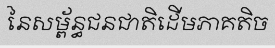
នៃសម្ព័ន្ធជនជាតិដើមភាគតិច